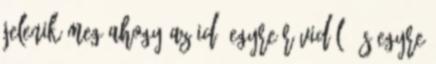
jelenik meg Ahogy az idő egyre rövidül, és egyre